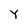
Character: Y